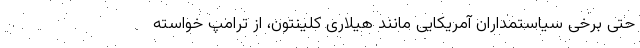
حتی برخی سیاستمداران آمریکایی مانند هیلاری کلینتون، از ترامپ خواسته